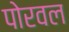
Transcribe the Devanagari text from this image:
पोरवल